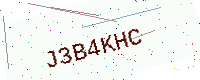
Text: J3B4KHC